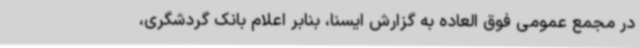
در مجمع عمومی فوق العاده به گزارش ایسنا، بنابر اعلام بانک گردشگری،